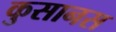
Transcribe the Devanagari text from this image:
कुसानस